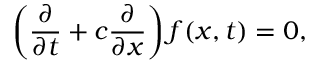
\left( \frac { \partial } { \partial t } + c \frac { \partial } { \partial x } \right) f ( x , t ) = 0 ,